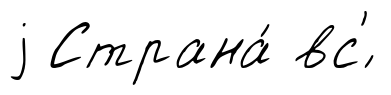
j Страна́ вс'́